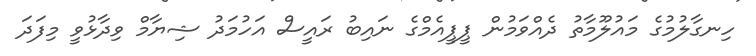
ހިނގާލުމުގެ މައުލޫމާތު ދެއްވަމުން ޕީޕީއެމްގެ ނައިބު ރައީސް އަހުމަދު ޝިޔާމް ވިދާޅުވީ މިފަދަ